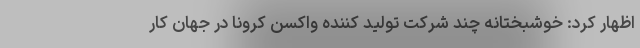
اظهار کرد: خوشبختانه چند شرکت تولید کننده واکسن کرونا در جهان کار